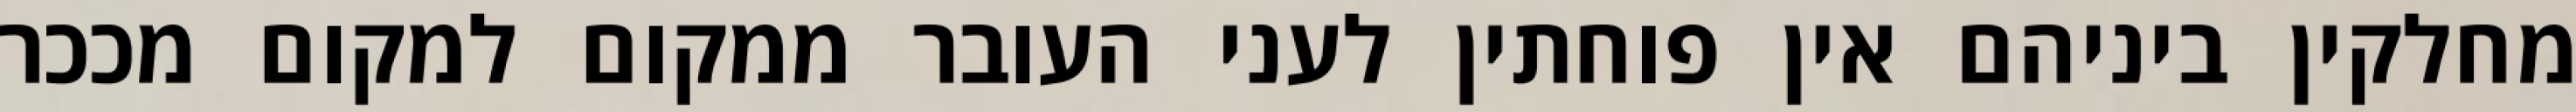
מחלקין ביניהם אין פוחתין לעני העובר ממקום למקום מככר